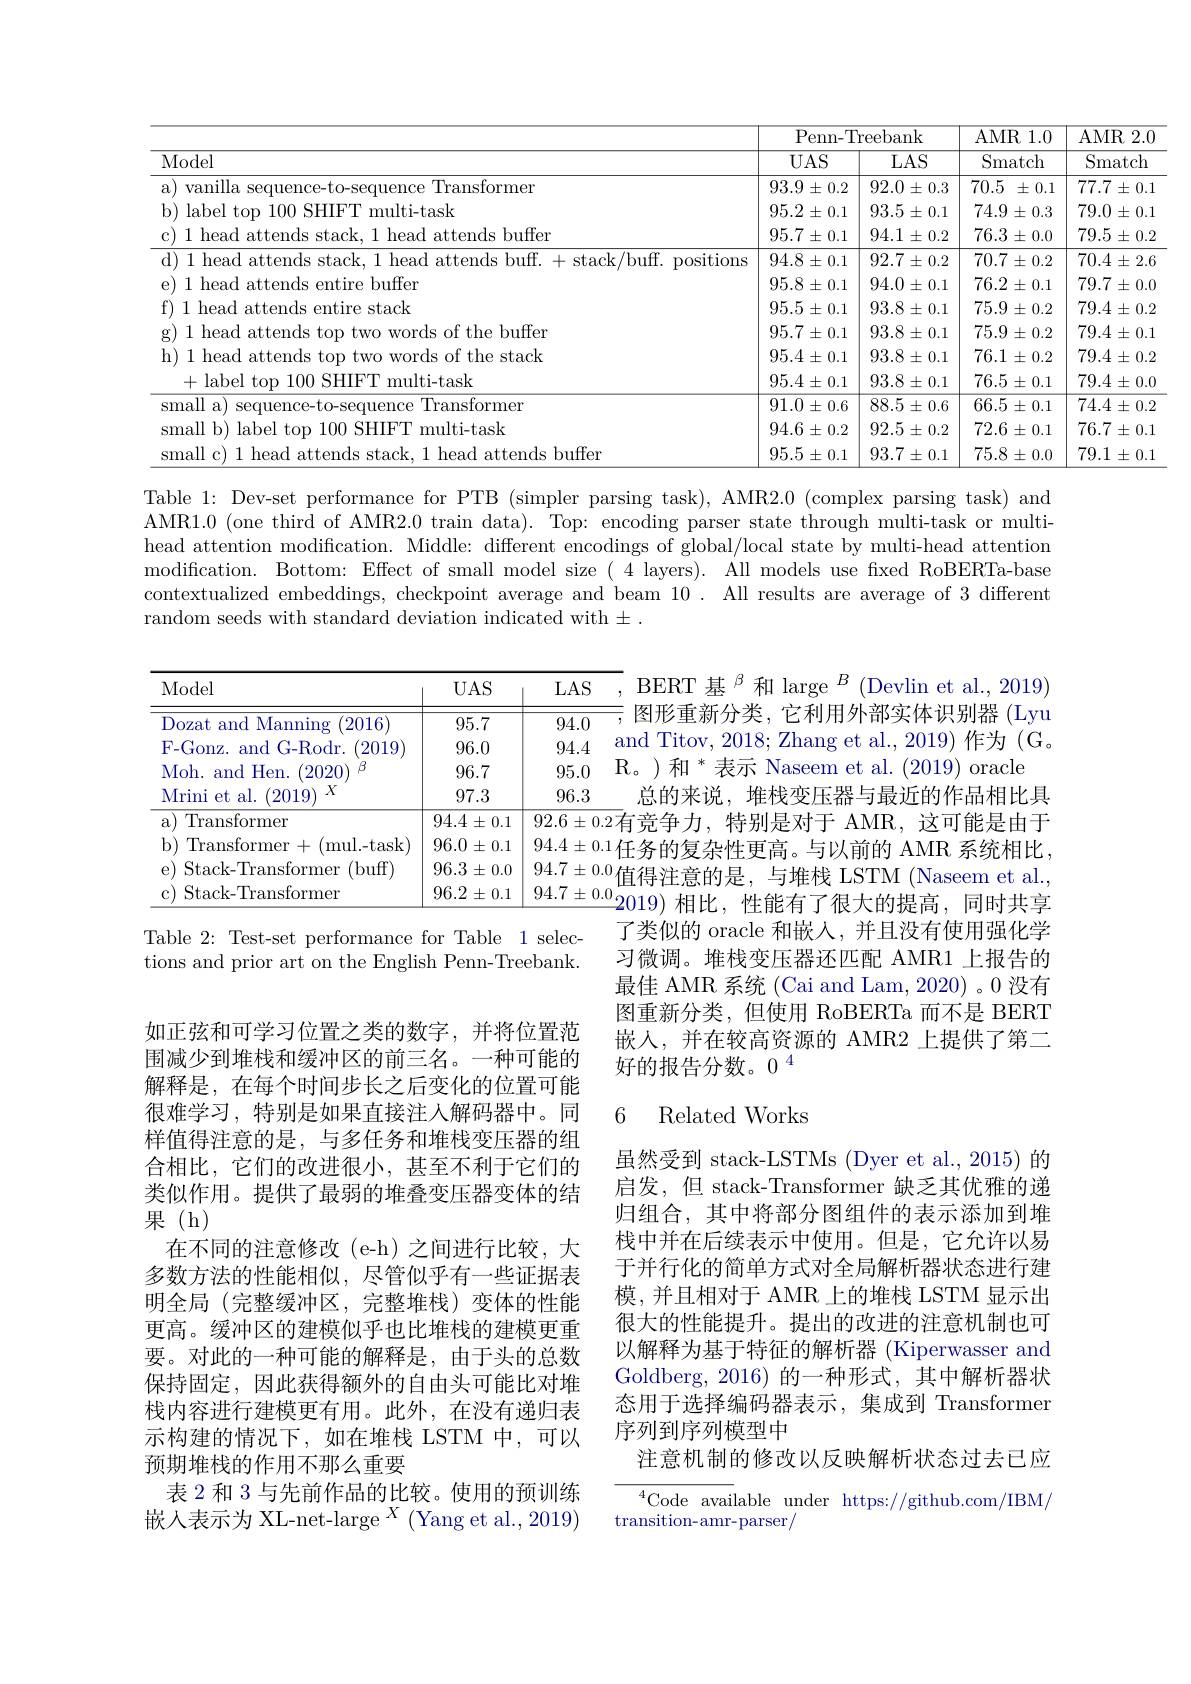
<table>
	<tbody>
		<tr>
			<th rowspan="2">Model</th>
			<th colspan="2">Penn-Treebank</th>
			<th rowspan="2">AMR1.0 Smatch</th>
			<th rowspan="2">$AMR$ $\overline{\mathrm{Smat}}$</th>
		</tr>
		<tr>
			<th>$UAS$</th>
			<th>LAS</th>
		</tr>
		<tr>
			<td>vanilla , Transformer</td>
			<td>93.9 $9\pm0.2$</td>
			<td>$92.0\pm0.3$</td>
			<td>70.5 $\pm0.1$</td>
			<td>$77.7\pm$</td>
		</tr>
		<tr>
			<td>1|lahel tor 1100. SHIH" multi-task</td>
			<td>95.2 $2\pm0.1$</td>
			<td>$93.5\pm0.1$</td>
			<td>74.9 $9\pm0.3$ 1</td>
			<td>79.0 士</td>
		</tr>
		<tr>
			<td>tends buffer</td>
			<td>$95.7\pm0.1$</td>
			<td>$94.1\pm0.2$</td>
			<td>$76.3\pm0.0$</td>
			<td>$79.5\pm$</td>
		</tr>
		<tr>
			<td>$1\rho a($ $\cdot /$hut positions</td>
			<td>$94.8\pm0.1$</td>
			<td>$92.7\pm0.2$</td>
			<td>$70.7\pm0.2$</td>
			<td>$70.4\pm$</td>
		</tr>
		<tr>
			<td>attends s entire buffer</td>
			<td>$95.8\pm0.1$</td>
			<td>$94.0\pm0.1$</td>
			<td>76.2 $\pm0.1$</td>
			<td>$79.7\pm$</td>
		</tr>
		<tr>
			<td>1 head ${\mathrm{d~attends~entire~stack}}$</td>
			<td>$95.5\pm0.1$</td>
			<td>$93.8\pm0.1$</td>
			<td>75.9 $\pm0.2$</td>
			<td>$79.4\pm$</td>
		</tr>
		<tr>
			<td>11head attends tor words of the buffer</td>
			<td>$95.7\pm0.1$</td>
			<td>$93.8\pm0.1$</td>
			<td>$75.9\pm0.2$</td>
			<td>$79.4\pm$</td>
		</tr>
		<tr>
			<td>1 head attends ords of the stack</td>
			<td>$95.4\pm0.1$</td>
			<td>$93.8\pm0.1$</td>
			<td>76.1 $\pm0.2$</td>
			<td>$79.4\pm$</td>
		</tr>
		<tr>
			<td>+label tor $100SHIFT$ $\Gamma$multi-task</td>
			<td>$95.4\pm0.1$</td>
			<td>93.8 $3\pm0.1$</td>
			<td>76.5 $5\pm0.1$ 1</td>
			<td>$79.4\pm$</td>
		</tr>
		<tr>
			<td>small a sequence- Transformer</td>
			<td>91.0 $)\pm0.6$</td>
			<td>$88.5\pm0.6$</td>
			<td>$66.5\pm0.1$</td>
			<td>$74.4\pm$</td>
		</tr>
		<tr>
			<td>nall b) label top 100 SHIFT multi-task</td>
			<td>$94.6\pm0.2$</td>
			<td>$92.5\pm0.2$</td>
			<td>$72.6\pm0.1$</td>
			<td>$76.7\pm$</td>
		</tr>
		<tr>
			<td>attends buffer</td>
			<td>95.5 $\pm0.1$</td>
			<td>$93.7\pm0.1$</td>
			<td>75.8 $\pm0.0$</td>
			<td>79.1 士</td>
		</tr>
	</tbody>
</table>

Table 1: Dev-set performance for PTB (simpler parsing task), AMR2.0 (complex parsing task) and AMR1.0 (one third of AMR2.0 train data). Top: encoding parser state through multi-task or multihead attention modification. Middle: different encodings of global/local state by multi-head attention modification. Bottom: Effect of small model size ( 4 layers). All models use fixed RoBERTa-base contextualized embeddings, checkpoint average and beam 10. All results are average of 3 different random seeds with standard deviation indicated with $\pm.$

$\mathrm{R。)和~}^*$表示 Naseem et al. (2019) oracle
<table>
	<tbody>
		<tr>
			<th>Model</th>
			<th>$UAS$</th>
			<th>LAS</th>
			<th>1 1 1</th>
		</tr>
		<tr>
			<td>Dozat and Manning 2016</td>
			<td>95.7</td>
			<td>94.0</td>
			<td>1</td>
		</tr>
		<tr>
			<td>F- Gonz. and G- Rodr. ( 2019) </td>
			<td>96.0</td>
			<td>94.4</td>
			<td>anc</td>
		</tr>
		<tr>
			<td>Moh. and Hen. (2020 H</td>
			<td>96.7</td>
			<td>95.0</td>
			<td>$\mathrm{R}_{0}$</td>
		</tr>
		<tr>
			<td>$X$ Mrini et al. 2019</td>
			<td>97.3</td>
			<td>96.3</td>
			<td>1</td>
		</tr>
		<tr>
			<td>$a$ Transformer</td>
			<td>$94.4\pm0.1$</td>
			<td>$92.6\pm0.$</td>
			<td>2右</td>
		</tr>
		<tr>
			<td>$b)$ Transformer+ (mul. - task)</td>
			<td>96.0 $\pm0.1$</td>
			<td>$94.4\pm0.$</td>
			<td>1 T</td>
		</tr>
		<tr>
			<td>E Stack- Transformer (buff)</td>
			<td>96.3 $\pm0.0$</td>
			<td>$94.7\pm0.$</td>
			<td>0 古</td>
		</tr>
		<tr>
			<td>Stack- Transformer</td>
			<td>96.2 $\pm0.1$</td>
			<td>$94.7\pm0.$</td>
			<td>- 0</td>
		</tr>
	</tbody>
</table>

BERT 基$^{\beta}$和 large$^{B}$(Devlin et al., 2019) =,图形重新分类，它利用外部实体识别器 (Lyu and Titov, 2018; Zhang et al., 2019) 作为 (G。
总的来说，堆栈变压器与最近的作品相比具任务的复杂性更高。与以前的 AMR 系统相比， 值得注意的是，与堆栈 LSTM (Naseem et al., 2019)相比，性能有了很大的提高，同时共享了类似的 oracle 和嵌人，并且没有使用强化学习微调。堆栈变压器还匹配 AMR1 上报告的最佳 AMR 系统 (Cai and Lam, 2020) 。0 没有图重新分类，但使用 RoBERTa 而不是 BERT 嵌入，并在较高资源的 AMR2 上提供了第二好的报告分数。0$^{4}$

Table 2: Test-set performance for Table 1 selections and prior art on the English Penn-Treebank.

## 6 Related Works

如正弦和可学习位置之类的数字，并将位置范围减少到堆栈和缓冲区的前三名。一种可能的解释是，在每个时间步长之后变化的位置可能很难学习，特别是如果直接注人解码器中。同样值得注意的是，与多任务和堆栈变压器的组合相比，它们的改进很小，甚至不利于它们的类似作用。提供了最弱的堆叠变压器变体的结果(h)
在不同的注意修改(e-h)之间进行比较，大多数方法的性能相似，尽管似乎有一些证据表明全局 (完整缓冲区，完整堆栈)变体的性能更高。缓冲区的建模似乎也比堆栈的建模更重要。对此的一种可能的解释是，由于头的总数保持固定，因此获得额外的自由头可能比对堆栈内容进行建模更有用。此外，在没有递归表示构建的情况下，如在堆栈 LSTM 中，可以预期堆栈的作用不那么重要
表 2 和 3 与先前作品的比较。使用的预训练嵌入表示为 XL-net-large$^X$(Yang et al., 2019)

虽然受到 stack-LSTMs (Dyer et al., 2015) 的启发，但 stack-Transformer 缺乏其优雅的递归组合，其中将部分图组件的表示添加到堆栈中并在后续表示中使用。但是，它允许以易于并行化的简单方式对全局解析器状态进行建模，并且相对于 AMR 上的堆栈 LSTM 显示出很大的性能提升。提出的改进的注意机制也可以解释为基于特征的解析器 (Kiperwasser and Goldberg, 2016) 的一种形式，其中解析器状态用于选择编码器表示，集成到 Transformer 序列到序列模型中
注意机制的修改以反映解析状态过去已应${{}^{4}\text{Code avai}}$lable under https://github.com/IBM/

transition-amr-parser/